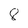
Character: 8